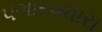
પગારવધારા